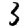
Digit: 3